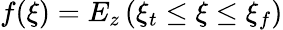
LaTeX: f(\xi)=E_{z}\left(\xi_{t}\leq\xi\leq\xi_{f}\right)